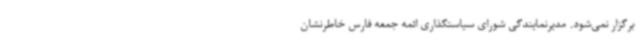
برگزار نمی‌شود. مدیرنمایندگی شورای سیاستگذاری ائمه جمعه فارس خاطرنشان